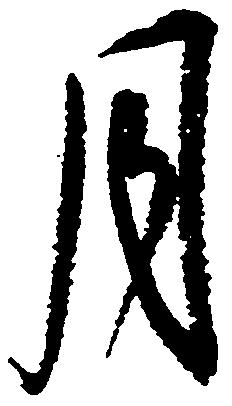
月